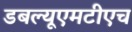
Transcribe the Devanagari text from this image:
डबल्यूएमटीएच